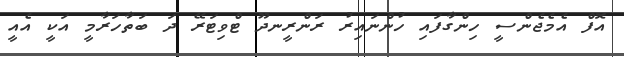
އޮފް އެމެޖެންސީ ހިންގާފައި ހުންނައިރު ރަންރީނދޫ ޓްވިޓަރޭ ދަަ ބަތާހަރާމީ އަކީ އެއީ